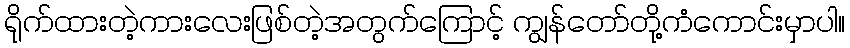
ရိုက်ထားတဲ့ကားလေးဖြစ်တဲ့အတွက်ကြောင့် ကျွန်တော်တို့ကံကောင်းမှာပါ။